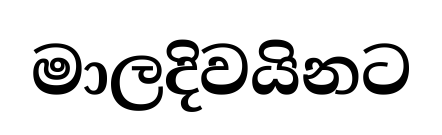
මාලදිවයිනට